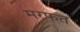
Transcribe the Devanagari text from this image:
मरफत